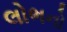
લોભનો